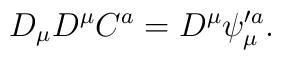
D_\mu D^\mu C^a=D^\mu \psi_\mu^{\prime a}.